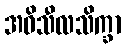
အဓိသီလသိက္ခာ